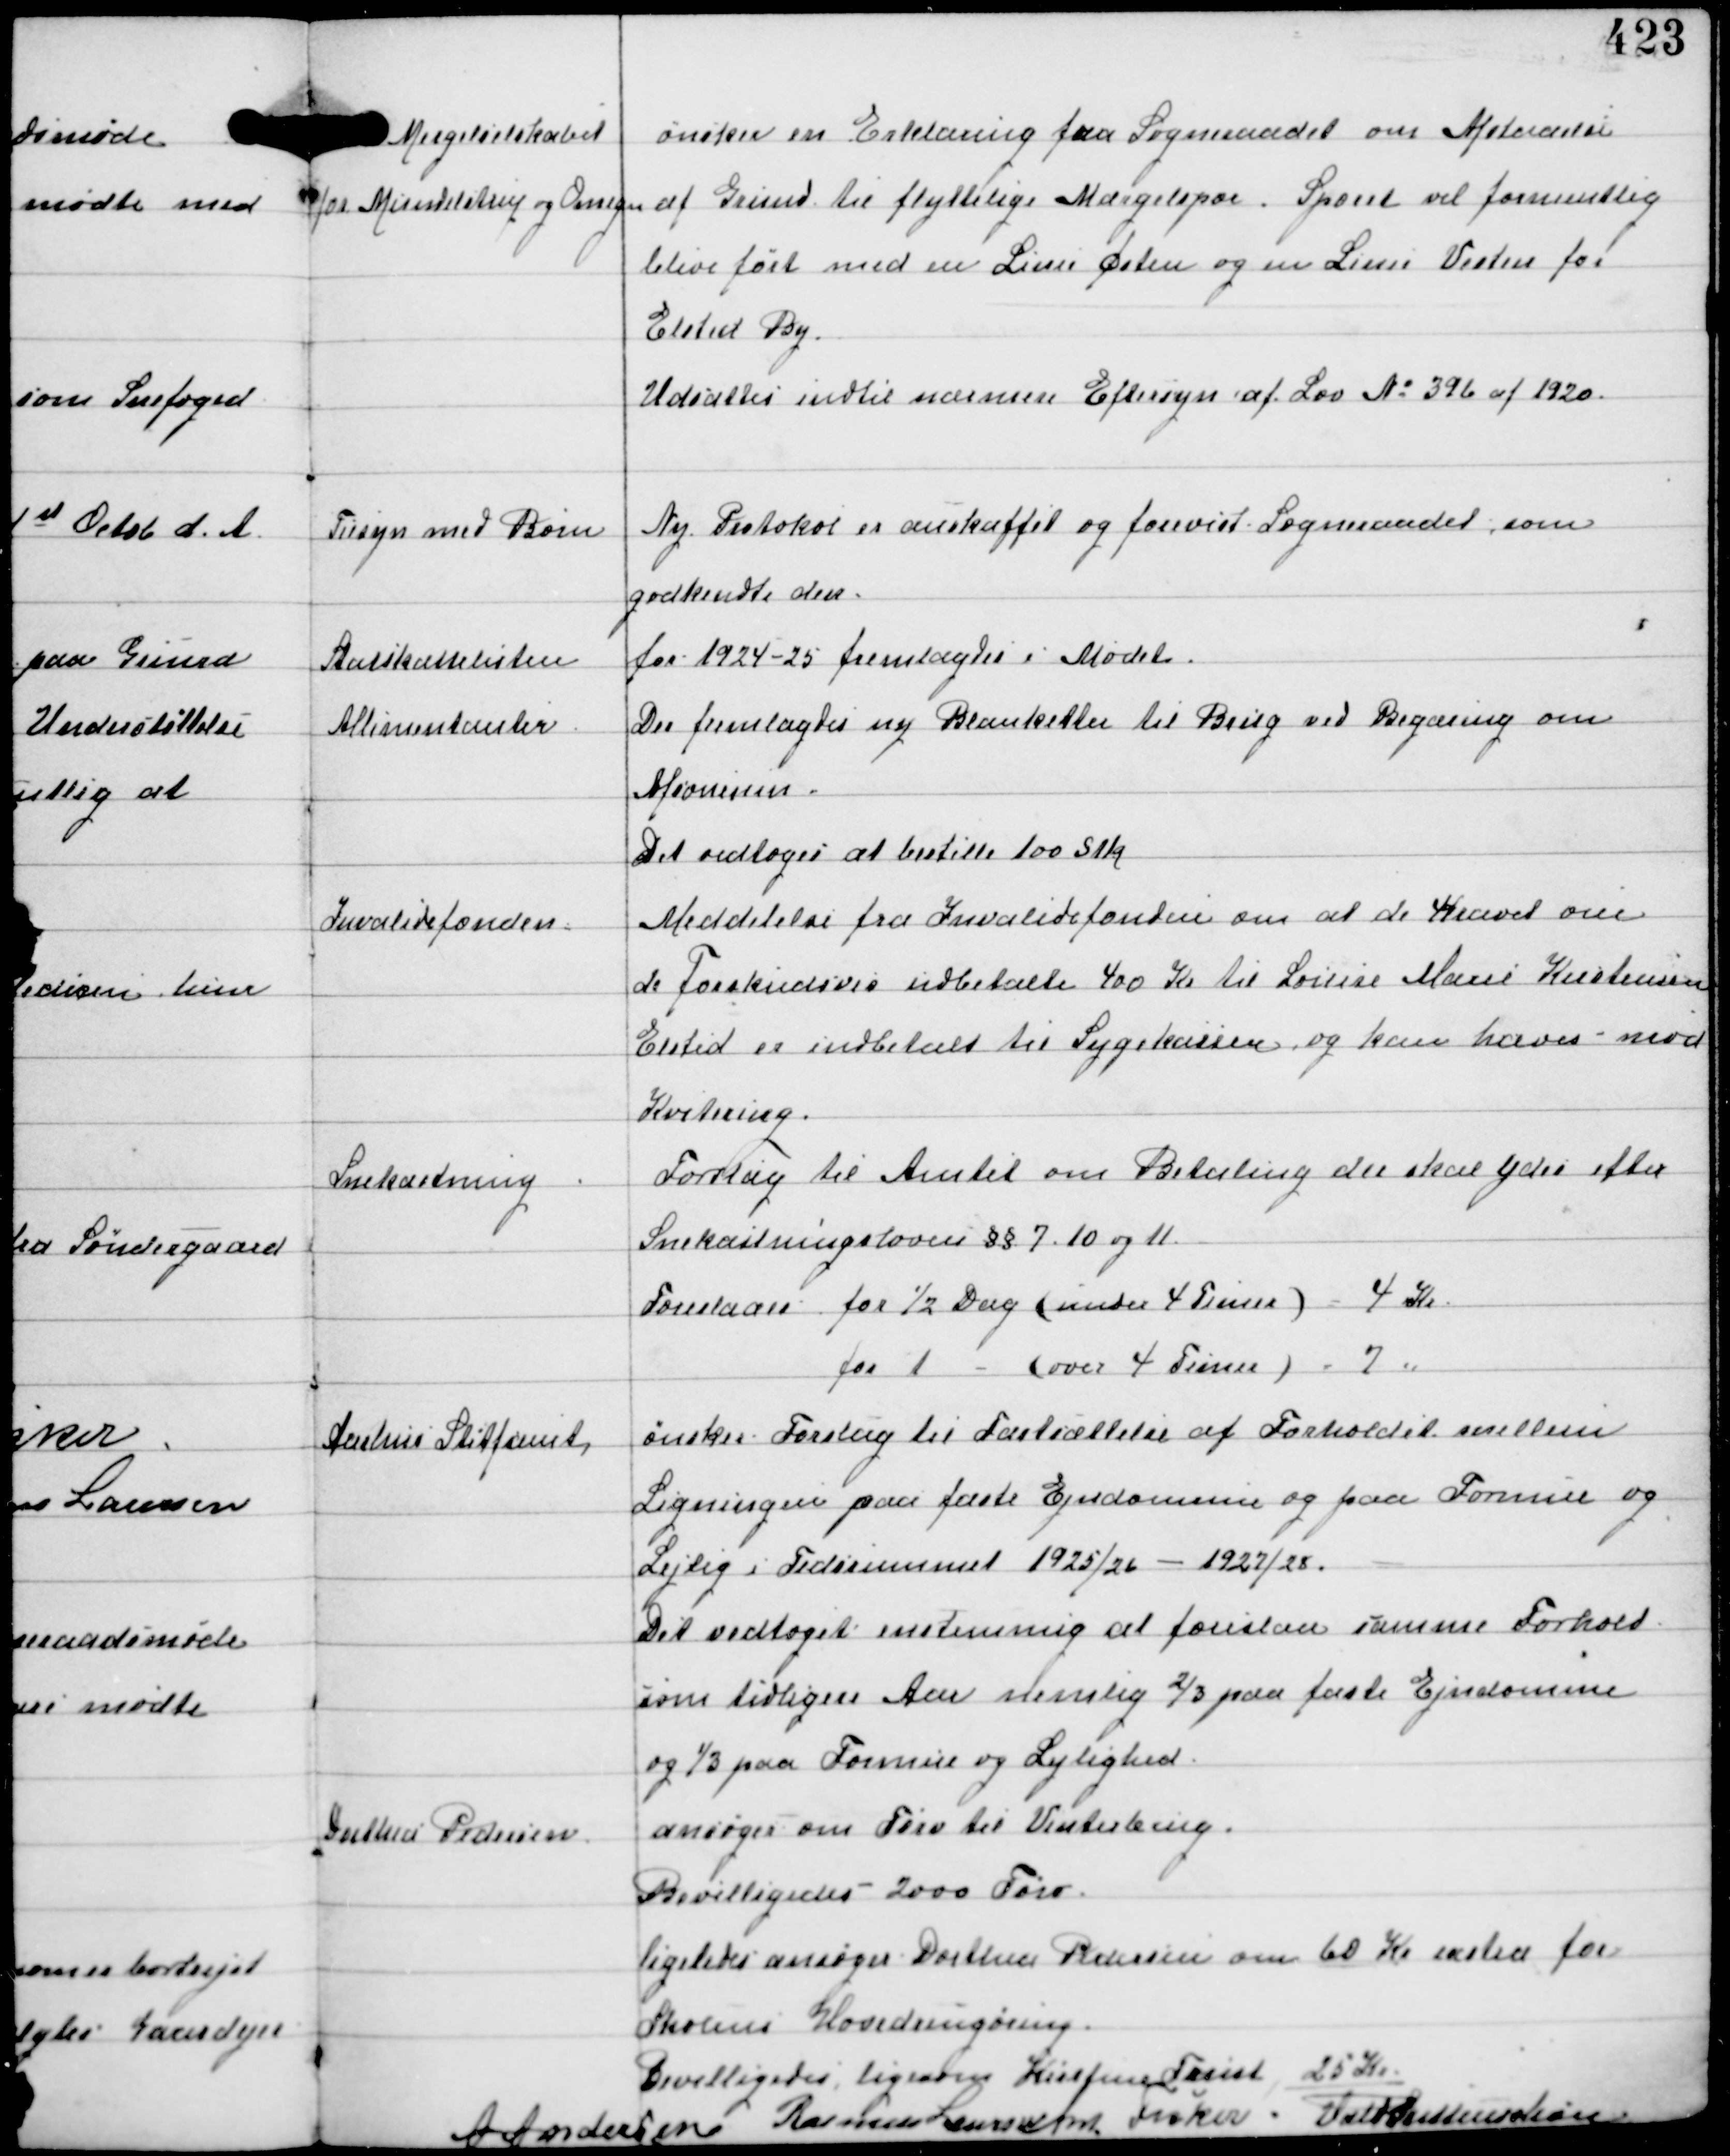
Transskription:
Mergelselskabet
for Mundelstrup og Omegn

ønsker en Erklæring fra Sogneraadet om Afstaaelse
af Grund til flyttelige Mergelspor. Sporet vil formentlig
blive ført med en Linie Østen og en Linie Vesten for
Elsted By.
Udsattes indtil nærmere Eftersyn af Lov No 396 af 1920

Tilsyn med Børn

Ny Protokol er anskaffet og forevist Sogneraadet som
godkendte den.

Statskattelisten
for 1924-25 fremlagdes i Mødet.

Alimentanter

Der fremlagdes ny Blanketter til Brug ved Begæring om
Afsonenen
Det vedtoges at bestille 100 stk

Invalidefonden

Meddelelse fra Invalidefonden om at de Kravet om
de Forskudsvis udbetalte 400 Kr til Louise Marie Kristensen
Elsted er indbetalt til Sygekassen og hæves mod
Kvittering

Snekastning

Forslag til Amtet om Betaling der skal ydes efter
Snekastningsloven §§ 7. 10 og 11
Foreslaar for ½ Dag (under 4 Timer) = 4 Kr
for 1 - (over 4 Timer) = 7 "

Aarhus Stiftamt

ønsker Forslag til Fastsættelse af Forholdet mellem
Ligningen paa faste Ejendomme og paa Formue og
Lejlig i Tidsrummet 1925/26 - 1927/28.
Det vedtoges enstemmigt at foreslaa samme Forhold
som tidligere Aar nemlig 2/3 paa faste Ejendomme
og 1/3 paa Formue og Lejlighed.

Dorthea Pedersen

ansøger om Tørv til Vinterbrug.
Bevilligedes 2000 Tørv.
ligeledes ansøger Dorthea Pedersen om 60 Kr extra for
Skolens Hovedrengøring.
Bevilligedes ligesom Kirstine Trust 25 Kr

A Andersen Rasmus Laursen Fisker Vald Buttenschøn